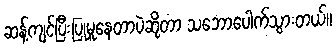
ဆန့်ကျင်ပြီးပြုမူနေတာပဲဆိုတာ သဘောပေါက်သွားတယ်။